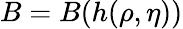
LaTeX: B=B(h(\rho,\eta))